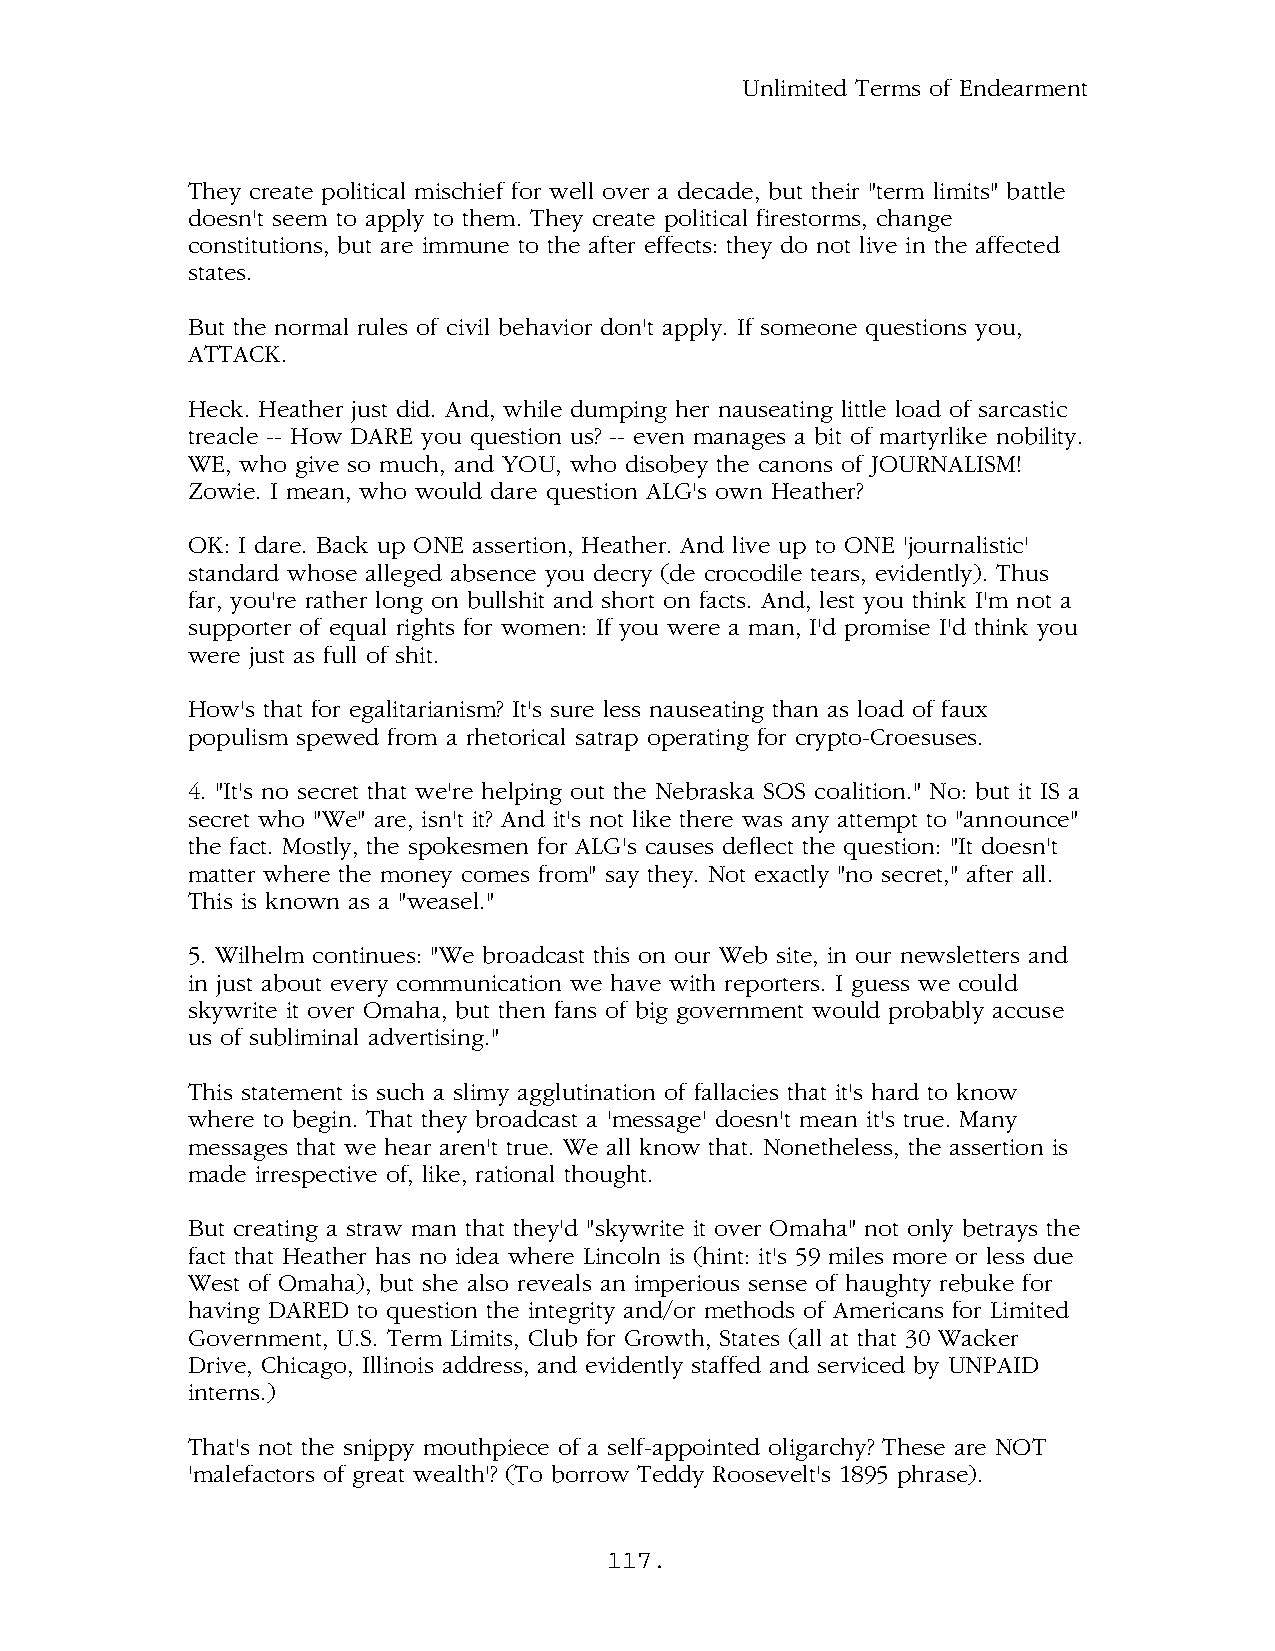
Unlimited Terms of Endearment
 They create political mischief for well over a decade, but their "term limits" battle
 doesn't seem to apply to them. They create political firestorms, change
 constitutions, but are immune to the after effects: they do not live in the affected
 states.
 But the normal rules of civil behavior don't apply. If someone questions you,
 ATTACK.
 Heck. Heather just did. And, while dumping her nauseating little load of sarcastic
 treacle -- How DARE you question us? -- even manages a bit of martyrlike nobility.
 WE, who give so much, and YOU, who disobey the canons of JOURNALISM!
 Zowie. I mean, who would dare question ALG's own Heather?
 OK: I dare. Back up ONE assertion, Heather. And live up to ONE 'journalistic'
 standard whose alleged absence you decry (de crocodile tears, evidently). Thus
 far, you're rather long on bullshit and short on facts. And, lest you think I'm not a
 supporter of equal rights for women: If you were a man, I'd promise I'd think you
 were just as full of shit.
 How's that for egalitarianism? It's sure less nauseating than as load of faux
 populism spewed from a rhetorical satrap operating for crypto-Croesuses.
 4. "It's no secret that we're helping out the Nebraska SOS coalition." No: but it IS a
 secret who "We" are, isn't it? And it's not like there was any attempt to "announce"
 the fact. Mostly, the spokesmen for ALG's causes deflect the question: "It doesn't
 matter where the money comes from" say they. Not exactly "no secret," after all.
 This is known as a "weasel."
 5. Wilhelm continues: "We broadcast this on our Web site, in our newsletters and
 in just about every communication we have with reporters. I guess we could
 skywrite it over Omaha, but then fans of big government would probably accuse
 us of subliminal advertising."
 This statement is such a slimy agglutination of fallacies that it's hard to know
 where to begin. That they broadcast a 'message' doesn't mean it's true. Many
 messages that we hear aren't true. We all know that. Nonetheless, the assertion is
 made irrespective of, like, rational thought.
 But creating a straw man that they'd "skywrite it over Omaha" not only betrays the
 fact that Heather has no idea where Lincoln is (hint: it's 59 miles more or less due
 West of Omaha), but she also reveals an imperious sense of haughty rebuke for
 having DARED to question the integrity and/or methods of Americans for Limited
 Government, U.S. Term Limits, Club for Growth, States (all at that 30 Wacker
 Drive, Chicago, Illinois address, and evidently staffed and serviced by UNPAID
 interns.)
 That's not the snippy mouthpiece of a self-appointed oligarchy? These are NOT
 'malefactors of great wealth'? (To borrow Teddy Roosevelt's 1895 phrase).
 117.